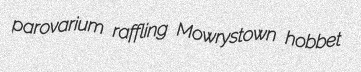
parovarium raffling Mowrystown hobbet